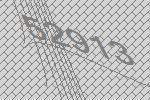
52913